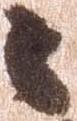
々